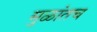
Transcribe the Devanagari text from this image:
मुळांतच